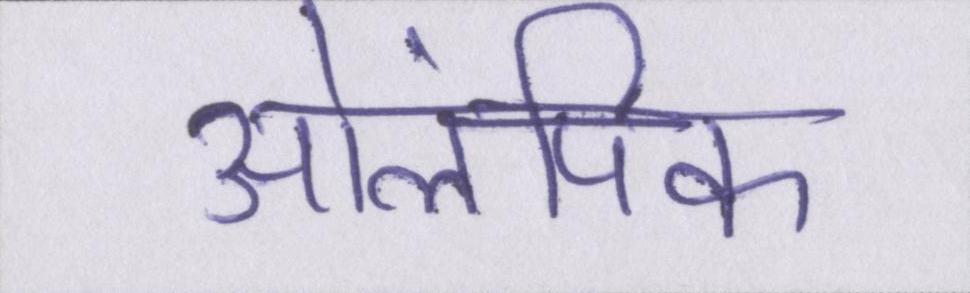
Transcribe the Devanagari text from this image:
ओलंपिक